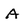
Character: A